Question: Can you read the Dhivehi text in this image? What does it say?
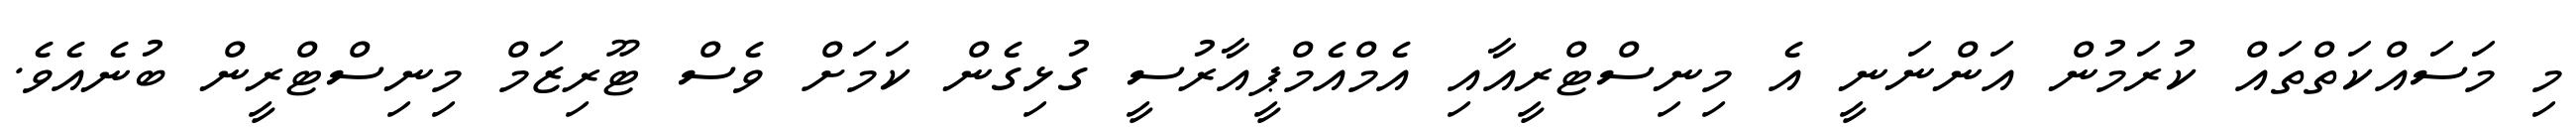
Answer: މި މަސައްކަތްތައް ކުރަމުން އަންނަނީ އެ މިނިސްޓްރީއާއި އެމްއެމްޕީއާރުސީ ގުޅިގެން ކަމަށް ވެސް ޓޫރިޒަމް މިނިސްޓްރީން ބުނެއެވެ.